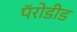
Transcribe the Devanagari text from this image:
पॅरोडीड